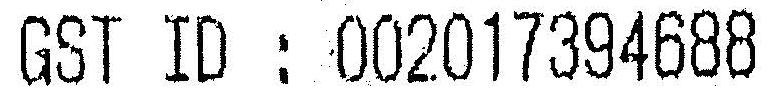
GST ID : 002017394688